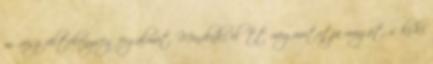
művészi féltékenység fogalmát. Mindenki előtt megmutatja magát, s ki-ki